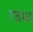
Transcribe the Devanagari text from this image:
रजस्व